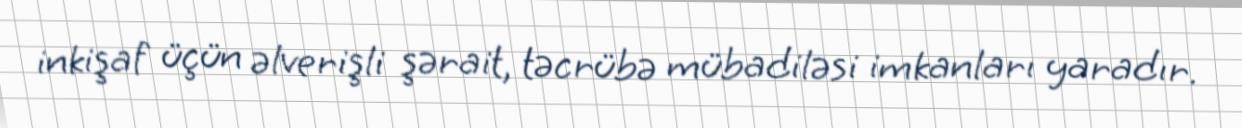
inkişaf üçün əlverişli şərait, təcrübə mübadiləsi imkanları yaradır.